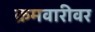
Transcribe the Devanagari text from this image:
क्रमवारीवर